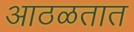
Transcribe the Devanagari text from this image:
आठळतात